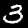
Digit: 3